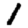
Digit: 1